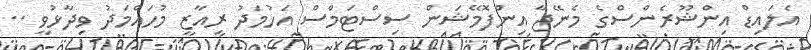
އެލައިޑް އިންޝޫރެންސްގެ މެނޭޖާ އިންފޮމޭޝަން ސިސްޓަމްސް އަހުމަދު ރިއާޒީ މުހައްމަދު ވިދާޅުވީ ..